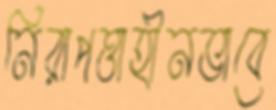
নিরাপত্তাহীনভাবে